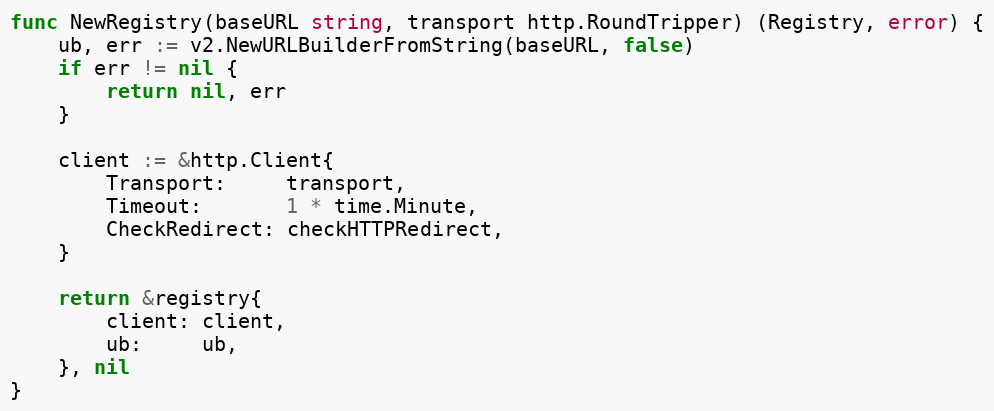
Language: Go
func NewRegistry(baseURL string, transport http.RoundTripper) (Registry, error) {
	ub, err := v2.NewURLBuilderFromString(baseURL, false)
	if err != nil {
		return nil, err
	}

	client := &http.Client{
		Transport:     transport,
		Timeout:       1 * time.Minute,
		CheckRedirect: checkHTTPRedirect,
	}

	return &registry{
		client: client,
		ub:     ub,
	}, nil
}